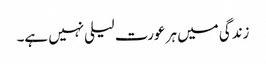
زندگی میں ہر عورت لیلی نہیں ہے۔